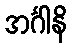
အင်္ဂါနိ